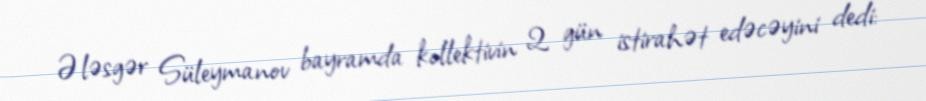
Ələsgər Süleymanov bayramda kollektivin 2 gün istirahət edəcəyini dedi: